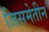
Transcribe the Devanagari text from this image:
जिसमेतीन